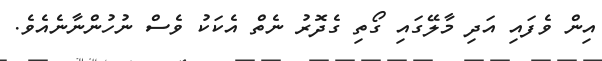
އިން ވެފައި އަދި މާލޭގައި ގޯތި ގެދޮރު ނެތް އެކަކު ވެސް ނުހުންނާނެއެވެ.